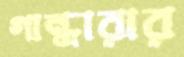
গান্ধারার